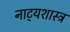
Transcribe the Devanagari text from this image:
नाट्‍यशास्त्र